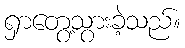
ရှာတွေ့သွားခဲ့သည်။